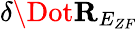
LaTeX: \delta\Dot{\mathbf{R}}_{E_{ZF}}